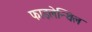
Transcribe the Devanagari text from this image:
फाइलेन्थिल